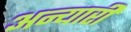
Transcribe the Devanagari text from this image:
अन्यारी